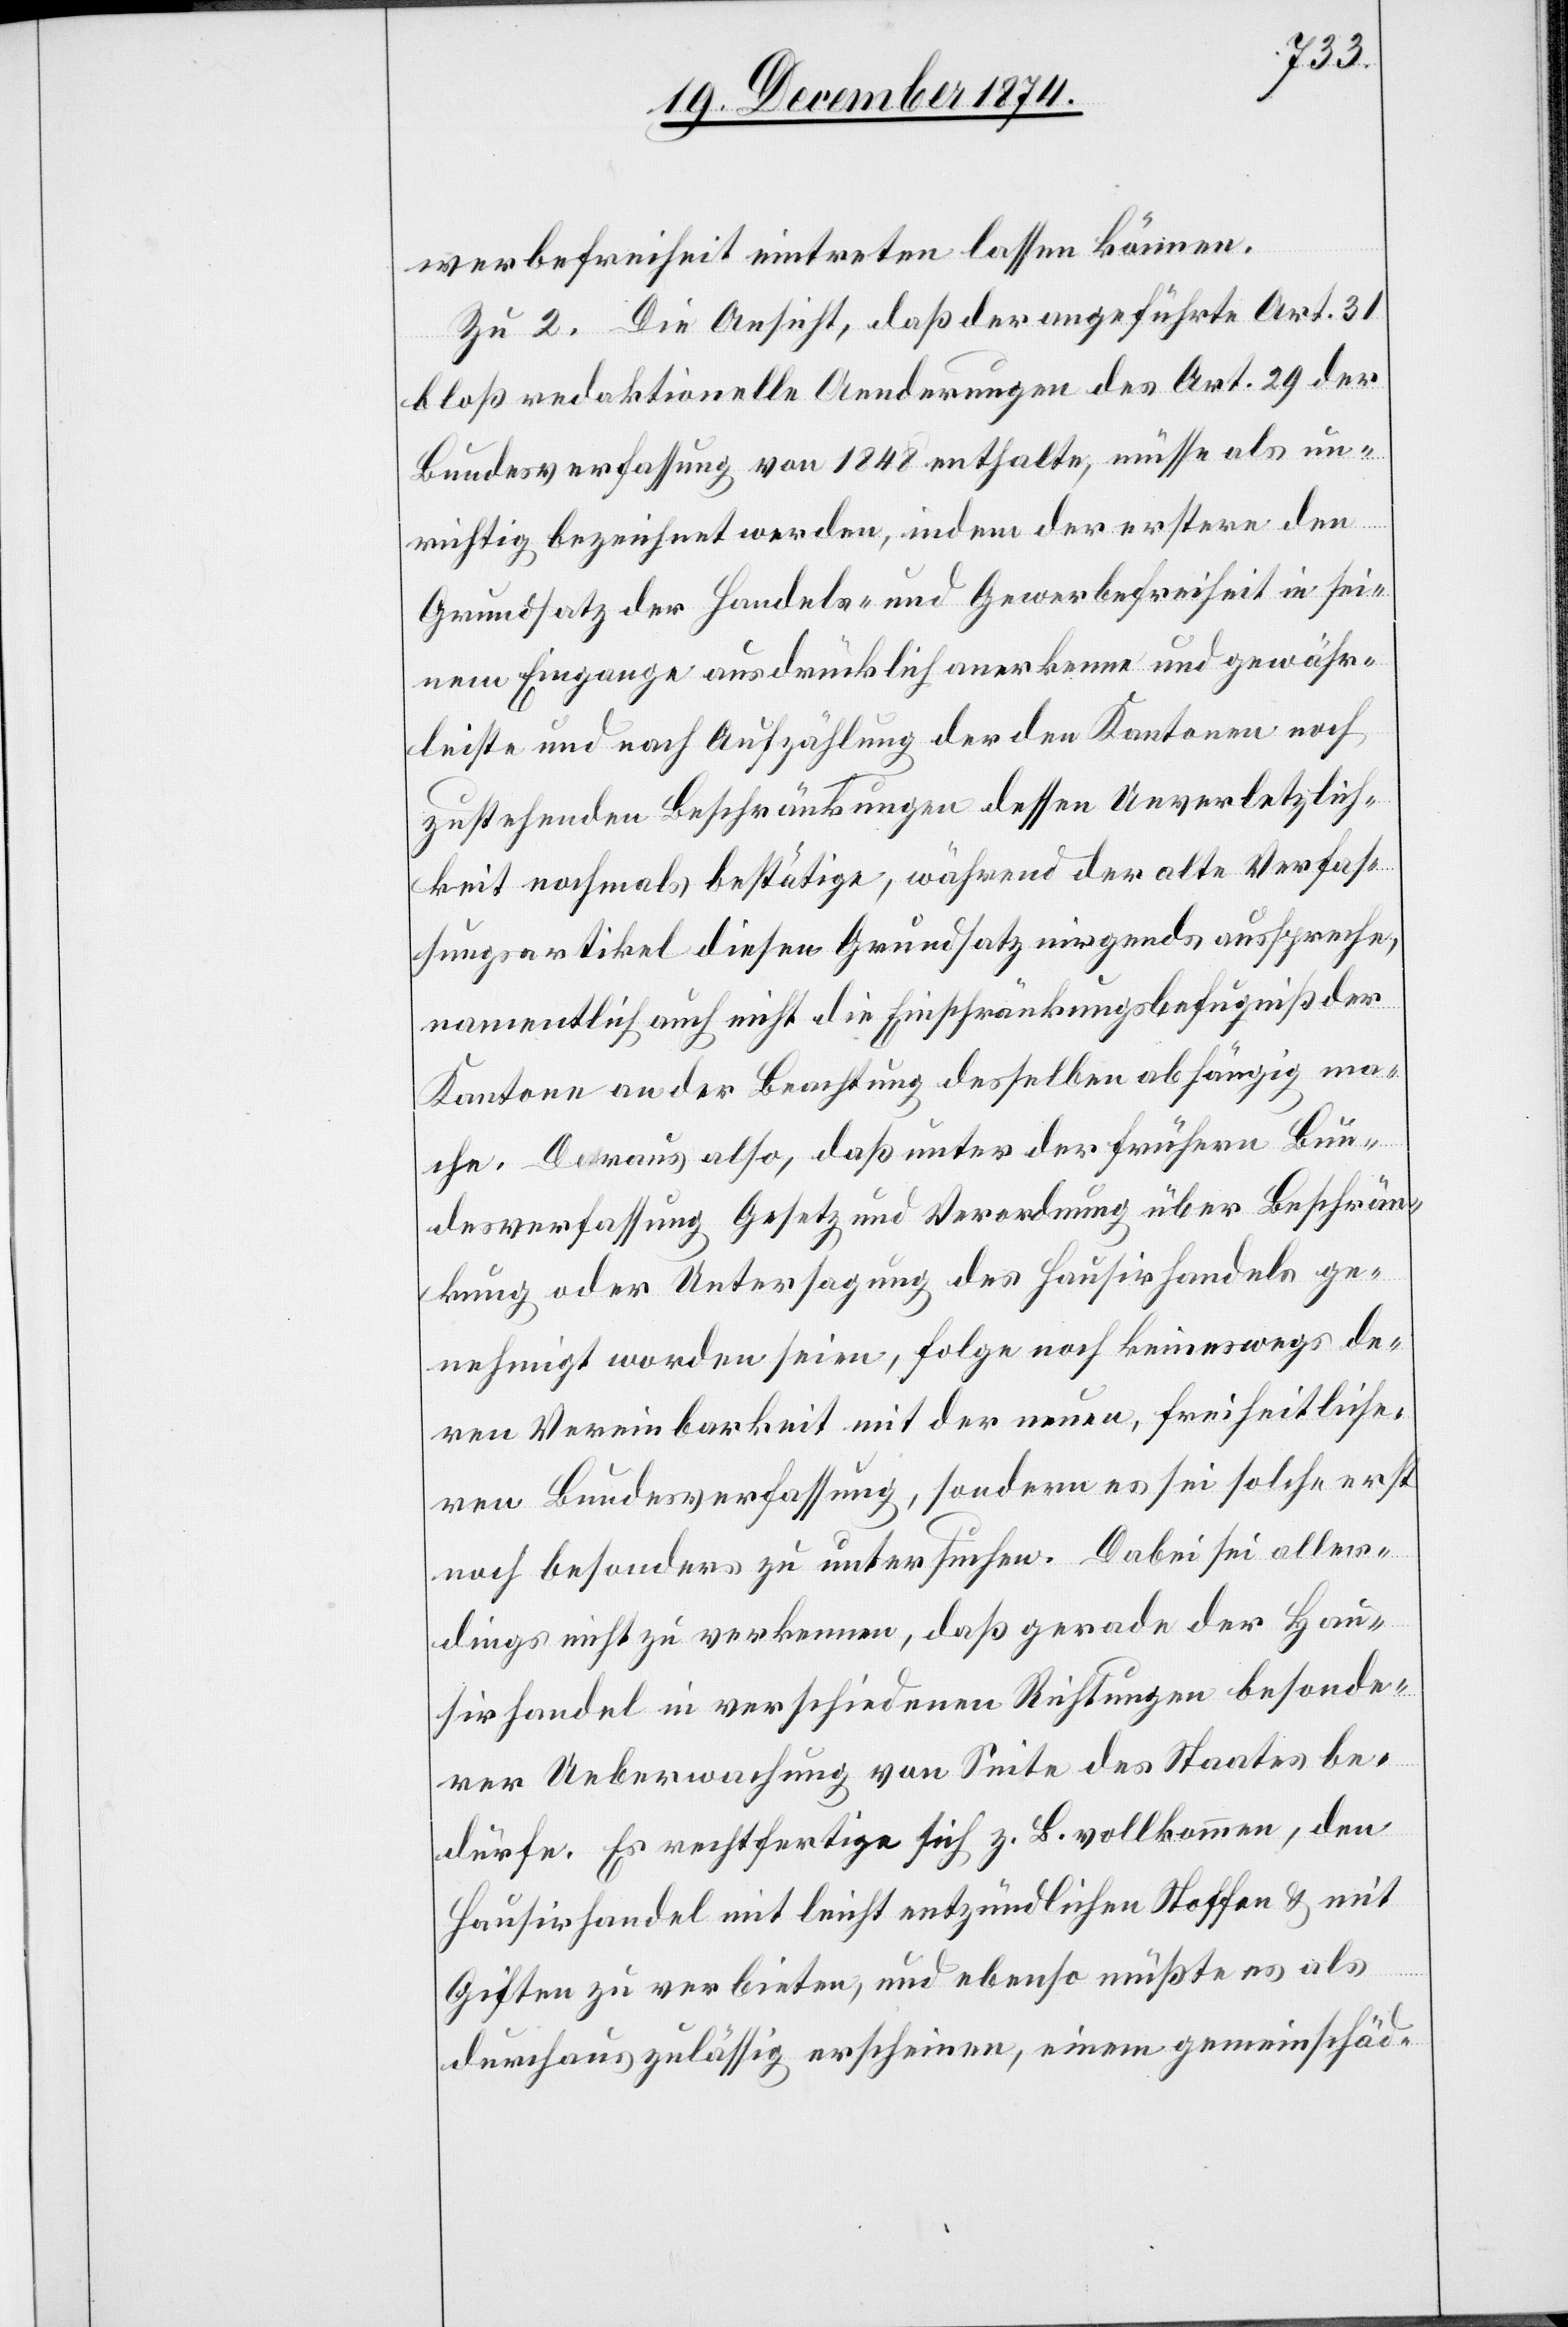
werbefreiheit eintreten lassen könne.
Zu 2. Die Ansicht, daß der angeführte Art. 31
bloß redaktionelle Aenderungen des Art. 29 der
Bundesverfassung von 1848 enthalte, müsse als un¬
richtig bezeichnet werden, indem der erstere den
Grundsatz der Handels- und Gewerbefreiheit in sei¬
nem Eingange ausdrücklich anerkenne und gewähr¬
leiste und nach Aufzählung der den Kantonen noch
zustehenden Beschränkungen dessen Unverletzlich¬
keit nochmals bestätige, während der alte Verfas¬
sungsartikel diesen Grundsatz nirgends ausspreche,
namentlich auch nicht die Einschränkungsbefugniß der
Kantone an der Beachtung desselben abhängig ma¬
che. Daraus also, daß unter der frühern Bun¬
desverfassung Gesetz und Verordnung über Beschrän¬
kung oder Untersagung des Hausirhandels ge¬
nehmigt worden seien, folge noch keineswegs de¬
ren Vereinbarkeit mit der neuen, freiheitliche¬
ren Bundesverfassung, sondern es sei solche erst
noch besonders zu untersuchen. Dabei sei aller¬
dings nicht zu verkennen, daß gerade der Hau¬
sirhandel in verschiedenen Richtungen besonde¬
rer Ueberwachung von Seite des Staates be¬
dürfe. Es rechtfertige sich z. B. vollkommen, den
Hausirhandel mit leicht entzündlichen Stoffen & mit
Giften zu verbieten, und ebenso müßte es als
durchaus zulässig erscheinen, einem gemeinschäd-